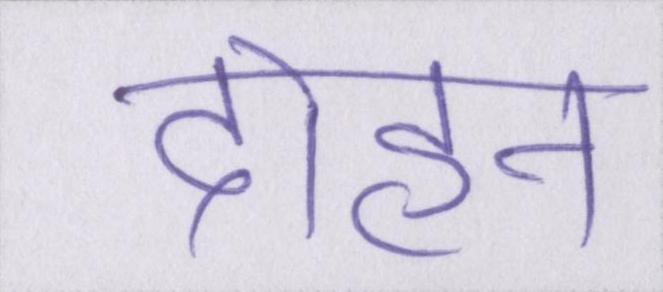
दोहन